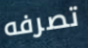
تصرفه